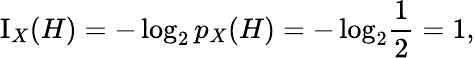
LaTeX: \operatorname{I}_{X}(H)=-\log_{2}{p_{X}{(H)}}=-\log_{2}\! {\frac{1}{2}}=1,